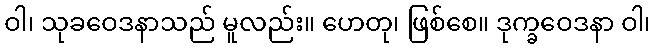
ဝါ၊ သုခဝေဒနာသည် မူလည်း။ ဟေတု၊ ဖြစ်စေ။ ဒုက္ခဝေဒနာ ဝါ၊